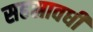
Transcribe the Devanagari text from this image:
सहस्रावधी